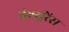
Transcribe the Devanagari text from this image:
इंश्युरेंस